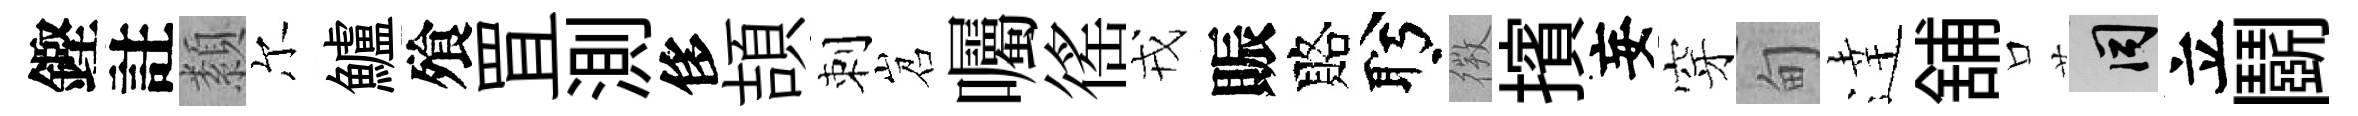
鏗註纇尔鱸飱罝測侈頡刺岧囑徭戎賑賂盻𢕄擯妄穿甸逹舖口间立鬬